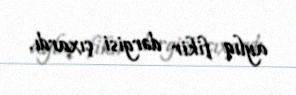
aylıq fikir dərgisi çıxardı.